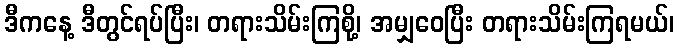
ဒီကနေ့ ဒီတွင်ရပ်ပြီး၊ တရားသိမ်းကြစို့၊ အမျှဝေပြီး တရားသိမ်းကြရမယ်၊